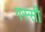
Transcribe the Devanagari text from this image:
गस्सी